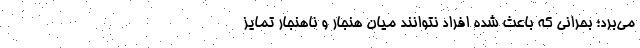
می‌برد؛ بحرانی که باعث شده افراد نتوانند میان هنجار و ناهنجار تمایز